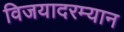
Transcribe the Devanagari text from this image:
विजयादरम्यान